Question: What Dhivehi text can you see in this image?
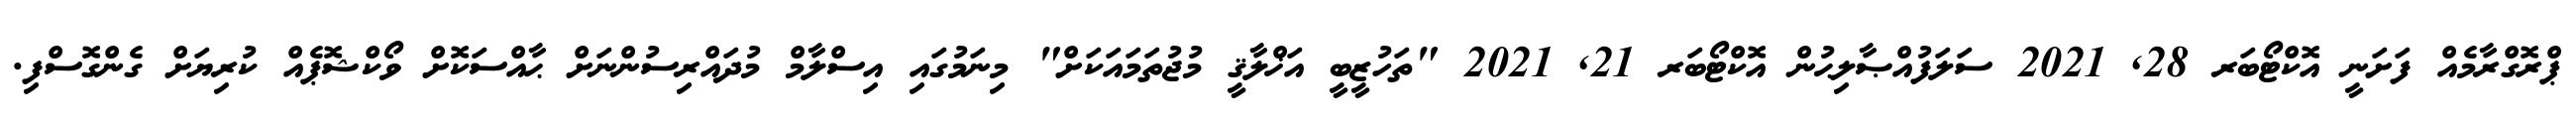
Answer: ޕްރޮގްރާމެއް ފަށަނީ އޮކްޓޯބަރ 28, 2021 ސަލަފުއްޞާލިޙުން އޮކްޓޯބަރ 21, 2021 "ތަހުޒީބީ އަޚްލާޤީ މުޖުތަމައަކަށް" މިނަމުގައި އިސްލާމް މުދައްރިސުންނަށް ޙާއްސަކޮށް ވޯކްޝޮޕެއް ކުރިޔަށް ގެންގޮސްފި.